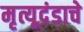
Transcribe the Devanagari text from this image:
मृत्यूदंडाचे